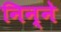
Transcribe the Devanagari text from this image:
निन्ने